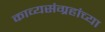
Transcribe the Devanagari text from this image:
काव्यसंग्रहांच्या